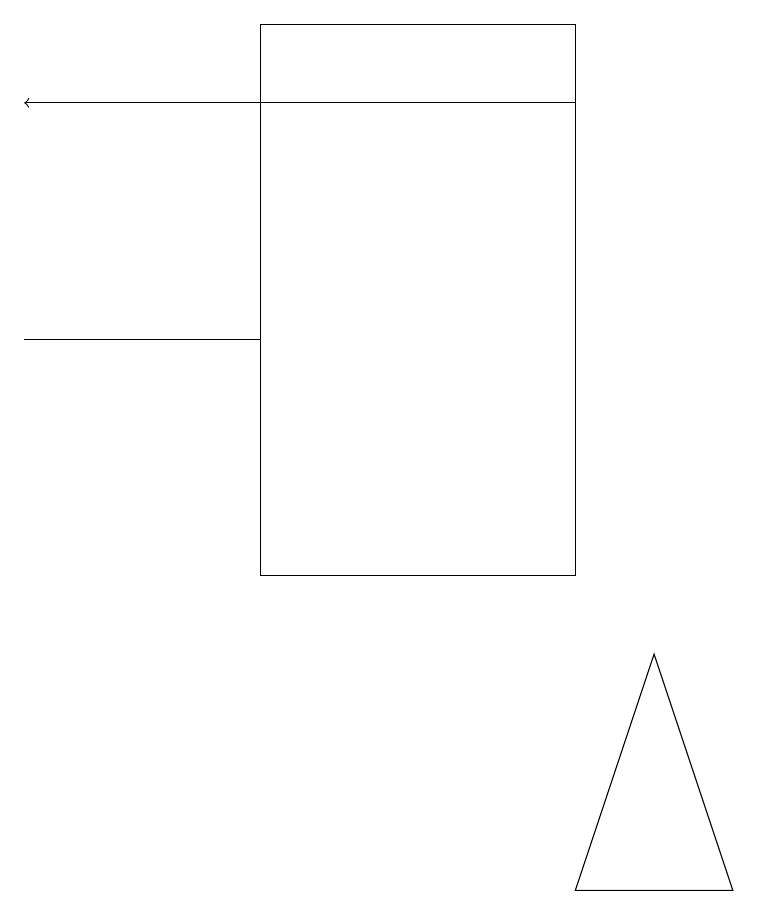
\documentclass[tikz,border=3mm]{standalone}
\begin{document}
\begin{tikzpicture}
\draw (3,17) rectangle (7,10);
\draw (3,13) rectangle (0,13);
\draw[->] (7,16) -- (0,16);
\draw (9,6) -- (8,9) -- (7,6) -- cycle;
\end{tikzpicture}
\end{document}